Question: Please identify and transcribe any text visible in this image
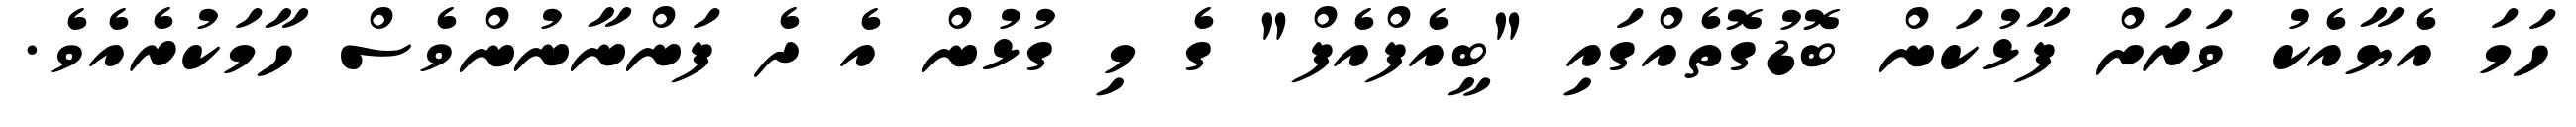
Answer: ހަމަ އެޔާއެކު ވަރަށް ފާޅުކަން ބޮޑުގޮތެއްގައި "ބީއެފްއެފް" ގެ މި ގުޅުން އެ ދެ ފަންނާނުންވެސް ހާމަކުރެއެވެ.